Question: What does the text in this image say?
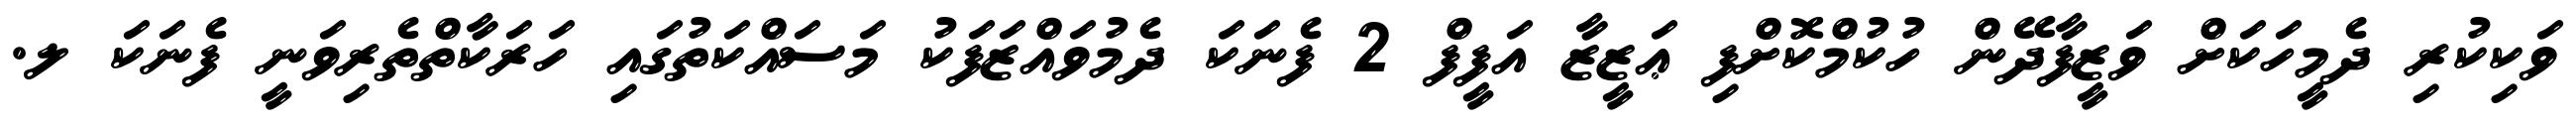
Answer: ވަކިކުރި ދެމީހަކަށް ވަޒީފާދޭން ހުކުމްކޮށްފި ޢަޒީޒާ އަފީފް 2 ފެނަކަ ދެމުވައްޒަފަކު މަސައްކަތުގައި ހަރަކާތްތެރިވަނީ ފެނަކަ ލ.